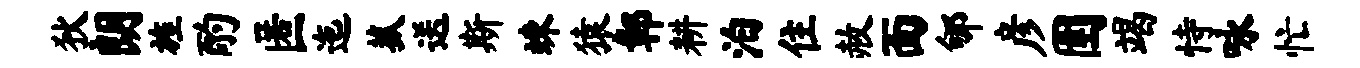
狄朗旌酌匿迤菰送斯竦猿鄣耕泊住赦面郇彦圉竭恃咏忙